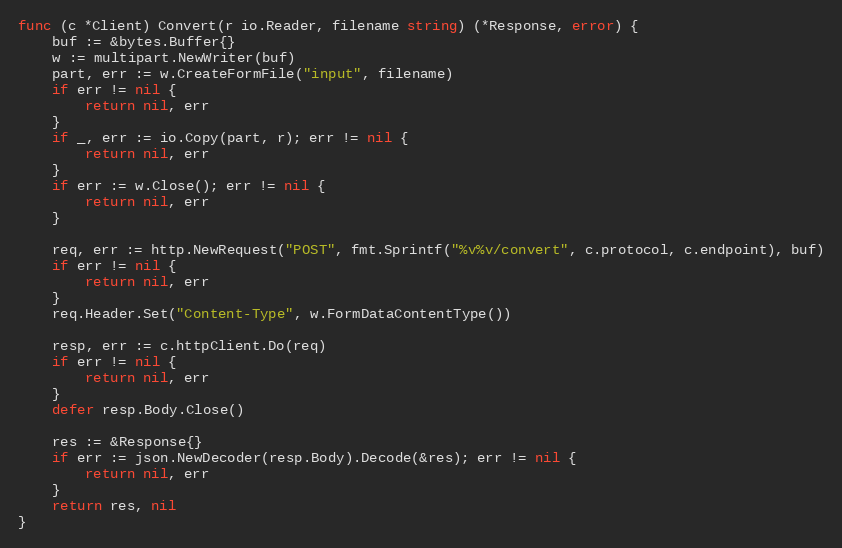
Language: Go
func (c *Client) Convert(r io.Reader, filename string) (*Response, error) {
	buf := &bytes.Buffer{}
	w := multipart.NewWriter(buf)
	part, err := w.CreateFormFile("input", filename)
	if err != nil {
		return nil, err
	}
	if _, err := io.Copy(part, r); err != nil {
		return nil, err
	}
	if err := w.Close(); err != nil {
		return nil, err
	}

	req, err := http.NewRequest("POST", fmt.Sprintf("%v%v/convert", c.protocol, c.endpoint), buf)
	if err != nil {
		return nil, err
	}
	req.Header.Set("Content-Type", w.FormDataContentType())

	resp, err := c.httpClient.Do(req)
	if err != nil {
		return nil, err
	}
	defer resp.Body.Close()

	res := &Response{}
	if err := json.NewDecoder(resp.Body).Decode(&res); err != nil {
		return nil, err
	}
	return res, nil
}